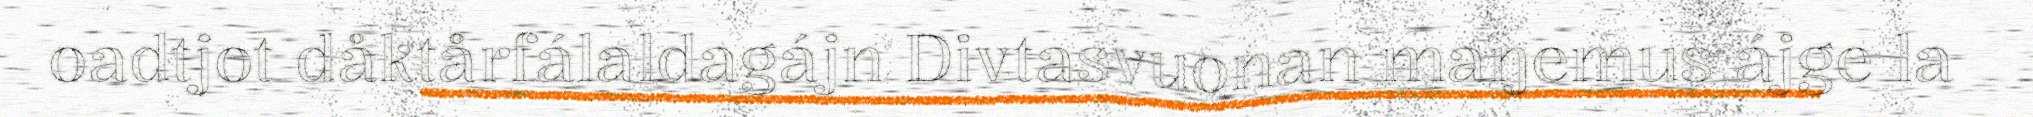
oadtjot dåktårfálaldagájn Divtasvuonan maŋemus ájge la